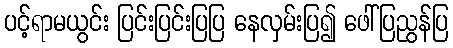
ပင့်ရာမယွင်း ပြင်းပြင်းပြပြ နေလှမ်းပြ၍ ဖေါ်ပြညွန်ပြ